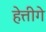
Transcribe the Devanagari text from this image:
हेत्तीगे